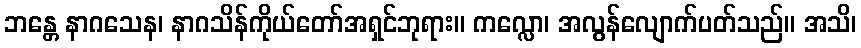
ဘန္တေ နာဂသေန၊ နာဂသိန်ကိုယ်တော်အရှင်ဘုရား။ ကလ္လော၊ အလွန်လျောက်ပတ်သည်။ အသိ၊